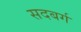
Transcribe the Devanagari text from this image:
सदबर्ग